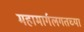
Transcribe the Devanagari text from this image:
महामार्गलगतच्या